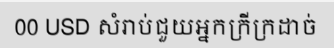
00 USD សំរាប់ជួយអ្នកក្រីក្រដាច់